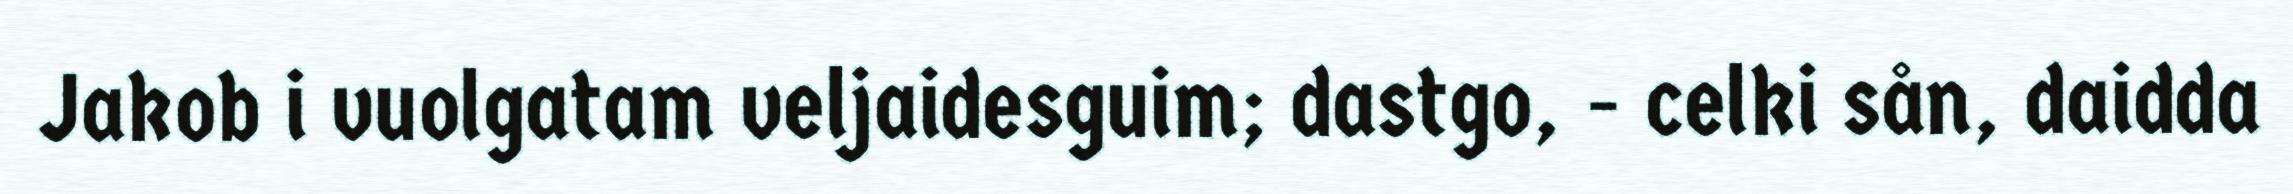
Jakob i vuolgatam veljaidesguim; dastgo, - celki sån, daidda